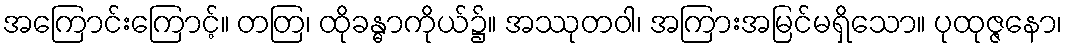
အကြောင်းကြောင့်။ တတြ၊ ထိုခန္ဓာကိုယ်၌။ အဿုတဝါ၊ အကြားအမြင်မရှိသော။ ပုထုဇ္ဇနော၊